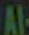
Al